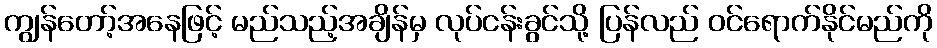
ကျွန်တော့်အနေဖြင့် မည်သည့်အချိန်မှ လုပ်ငန်းခွင်သို့ ပြန်လည် ဝင်ရောက်နိုင်မည်ကို